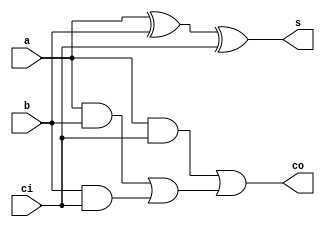
`timescale 1ns / 1ps
//////////////////////////////////////////////////////////////////////////////////
// Company: 
// Engineer: 
// 
// Design Name: 
// Module Name: FullAdder
// Project Name: 
// Target Devices: 
// Tool Versions: 
// Description: 
// 
// Dependencies: 
// 
// Revision:
// Revision 0.01 - File Created
// Additional Comments:
// 
//////////////////////////////////////////////////////////////////////////////////


module FullAdder(input a, input b, input ci, output s, output co);
    
    wire n;
    xor g1 (n, a, b);
    xor g (s,n,ci); 
    and g2 (y1, a, b);
    and g3 (y2, b, ci);                 
    and g4 (y3, a, ci);
    or g5 (y4, y1, y2);
    or g6 (co, y3, y4);

endmodule